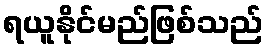
ရယူနိုင်မည်ဖြစ်သည်